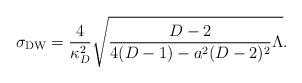
\begin{align*}\sigma_{\rm DW}={4\over{\kappa^2_D}}\sqrt{{{D-2}\over{4(D-1)-a^2(D-2)^2}}\Lambda}.\end{align*}